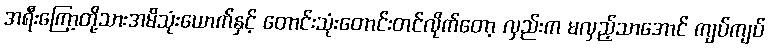
အရီးကြော့တို့သားအမိသုံးယောက်နှင့် တောင်းသုံးတောင်းတင်လိုက်တော့ လှည်းက မလှည့်သာအောင် ကျပ်ကျပ်